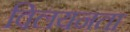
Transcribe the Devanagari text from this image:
विलयनता